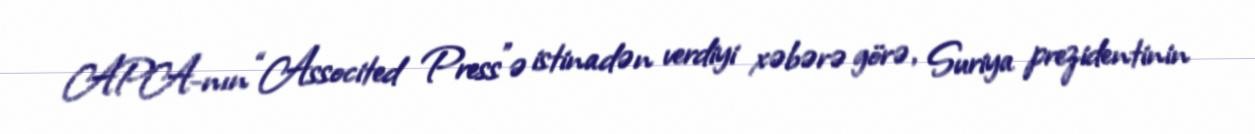
APA-nın “Associted Press”ə istinadən verdiyi xəbərə görə, Suriya prezidentinin